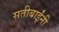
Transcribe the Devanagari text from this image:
सतीबाईंनी